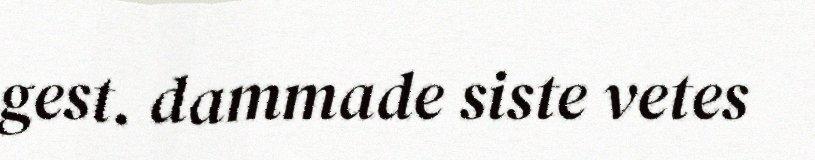
gest. dammade siste vetes